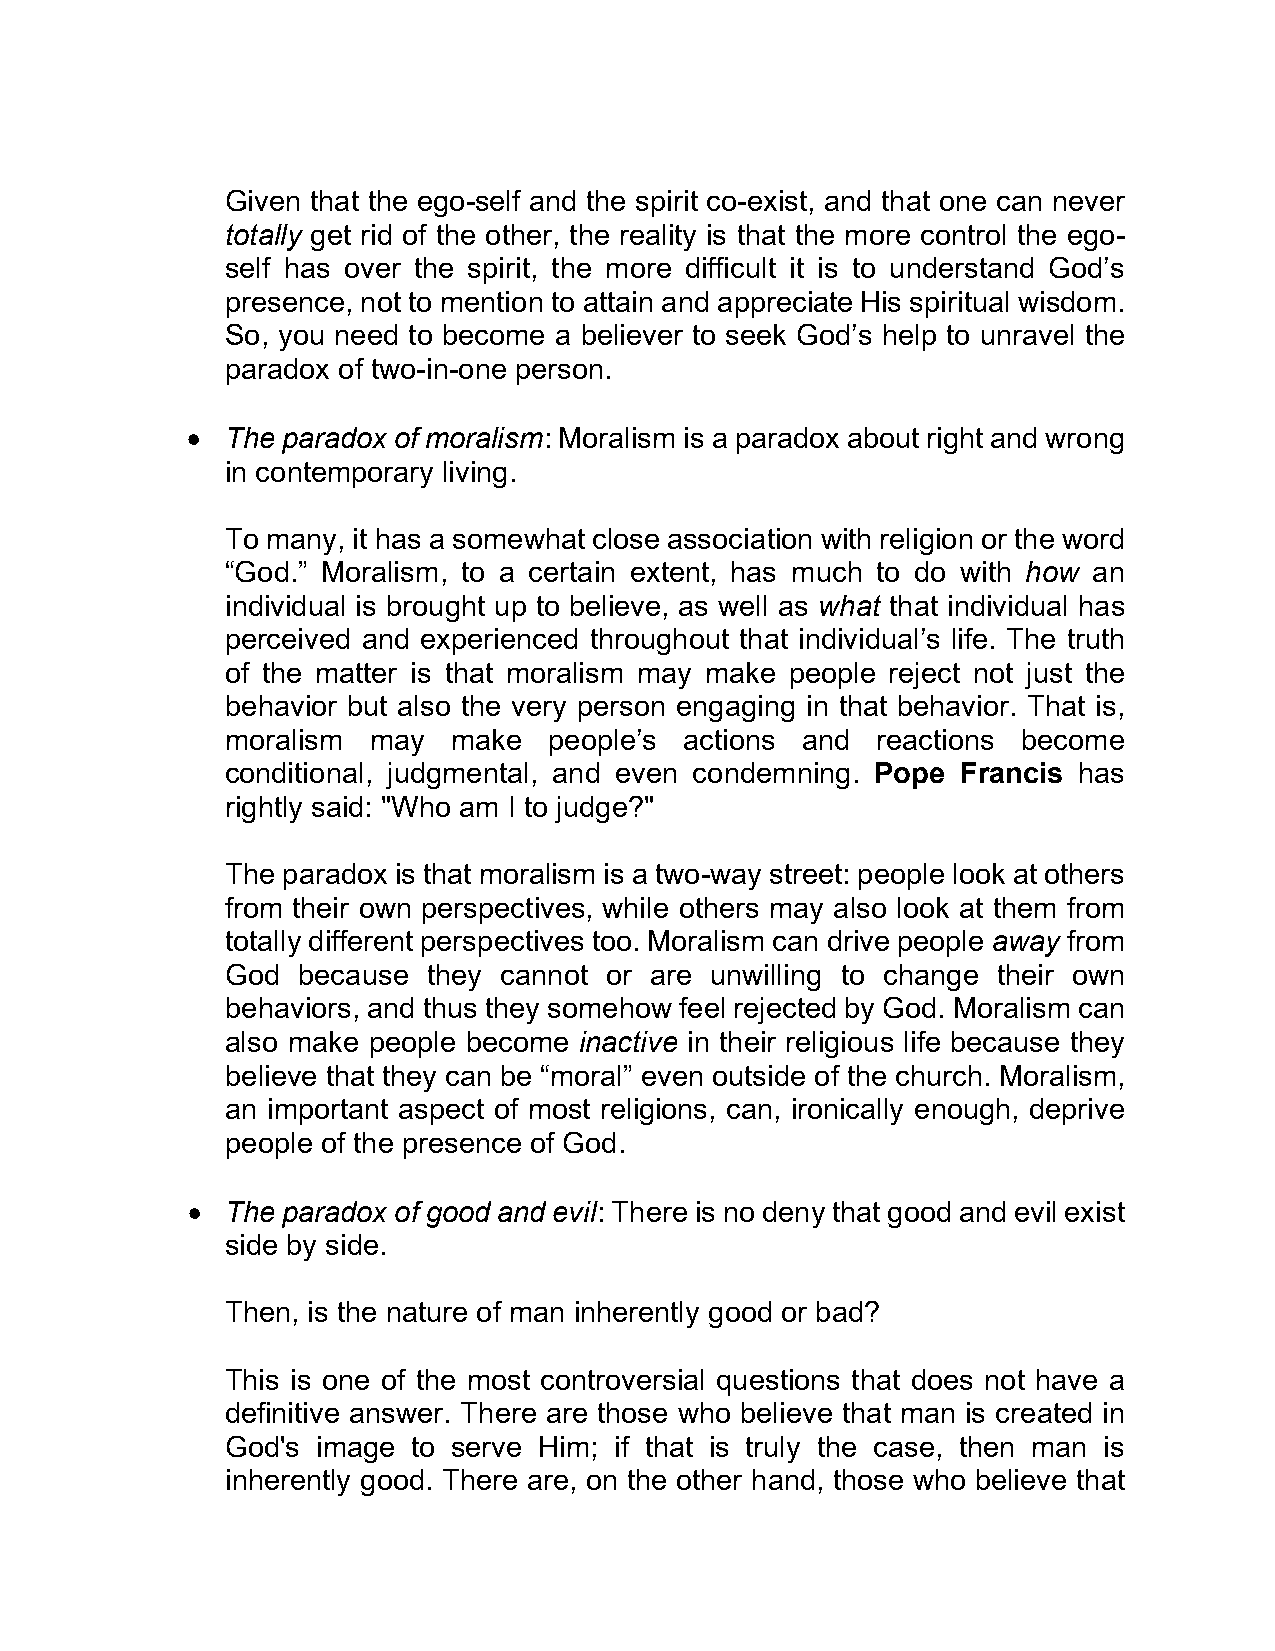
Given that the ego-self and the spirit co-exist, and that one can never
 totally get rid of the other, the reality is that the more control the ego-
 self has over the spirit, the more difficult it is to understand God’s
 presence, not to mention to attain and appreciate His spiritual wisdom.
 So, you need to become a believer to seek God’s help to unravel the
 paradox of two-in-one person.
 •  The paradox of moralism: Moralism is a paradox about right and wrong
 in contemporary living.
 To many, it has a somewhat close association with religion or the word
 “God.” Moralism, to a certain extent, has much to do with how an
 individual is brought up to believe, as well as what that individual has
 perceived and experienced throughout that individual’s life. The truth
 of the matter is that moralism may make people reject not just the
 behavior but also the very person engaging in that behavior. That is,
 moralism may   make  people’s actions and  reactions become
 conditional, judgmental, and even condemning. Pope Francis has
 rightly said: "Who am I to judge?"
 The paradox is that moralism is a two-way street: people look at others
 from their own perspectives, while others may also look at them from
 totally different perspectives too. Moralism can drive people away from
 God  because they cannot or are unwilling to change their own
 behaviors, and thus they somehow feel rejected by God. Moralism can
 also make people become inactive in their religious life because they
 believe that they can be “moral” even outside of the church. Moralism,
 an important aspect of most religions, can, ironically enough, deprive
 people of the presence of God.
 •  The paradox of good and evil: There is no deny that good and evil exist
 side by side.
 Then, is the nature of man inherently good or bad?
 This is one of the most controversial questions that does not have a
 definitive answer. There are those who believe that man is created in
 God's image to serve Him; if that is truly the case, then man is
 inherently good. There are, on the other hand, those who believe that